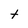
Character: t